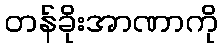
တန်ခိုးအာဏာကို